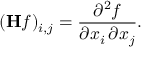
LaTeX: ( \mathbf { H } f ) _ { i , j } = { \frac { \partial ^ { 2 } f } { \partial x _ { i } \, \partial x _ { j } } } .